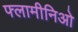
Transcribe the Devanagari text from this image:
फ्लामीनिओ